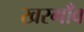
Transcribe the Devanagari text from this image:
खरगाँव